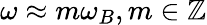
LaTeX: \omega\approx m\omega_{B},m\in\mathbb{Z}